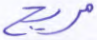
مريج